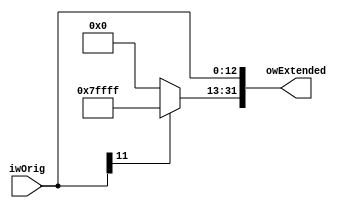
module sign_extend_13_32(input wire [12:0]iwOrig, output wire [31:0]owExtended);

assign owExtended[12:0] = iwOrig;
assign owExtended[31:13] = iwOrig[11] ? 20'hfffff : 20'h00000;

endmodule